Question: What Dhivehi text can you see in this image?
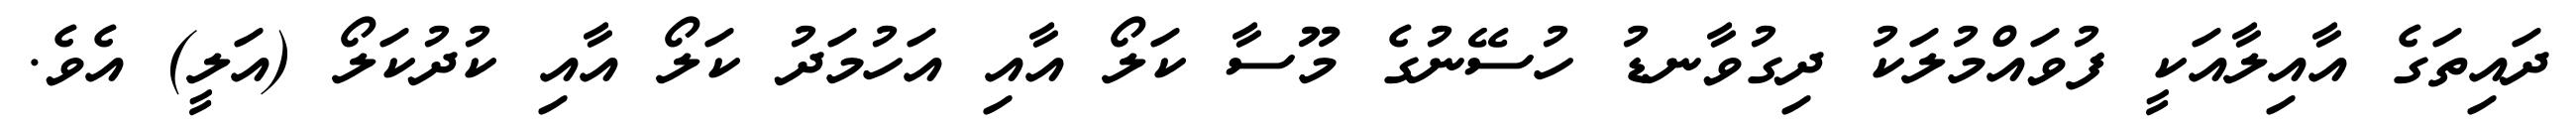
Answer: ދައިތަގެ އާއިލާއަކީ ފުވައްމުލަކު ދިގުވާނޑު ހުސޭނުގެ މޫސާ ކަލޯ އާއި އަހުމަދު ކަލޯ އާއި ކުދުކަލޯ (އަލީ) އެވެ.